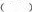
( )